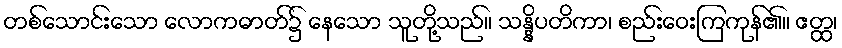
တစ်သောင်းသော လောကဓာတ်၌ နေသော သူတို့သည်။ သန္နိပတိကာ၊ စည်းဝေးကြကုန်၏။ ဧတ္ထ၊